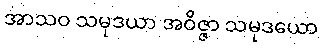
အာသဝ သမုဒယာ အဝိဇ္ဇာ သမုဒယော